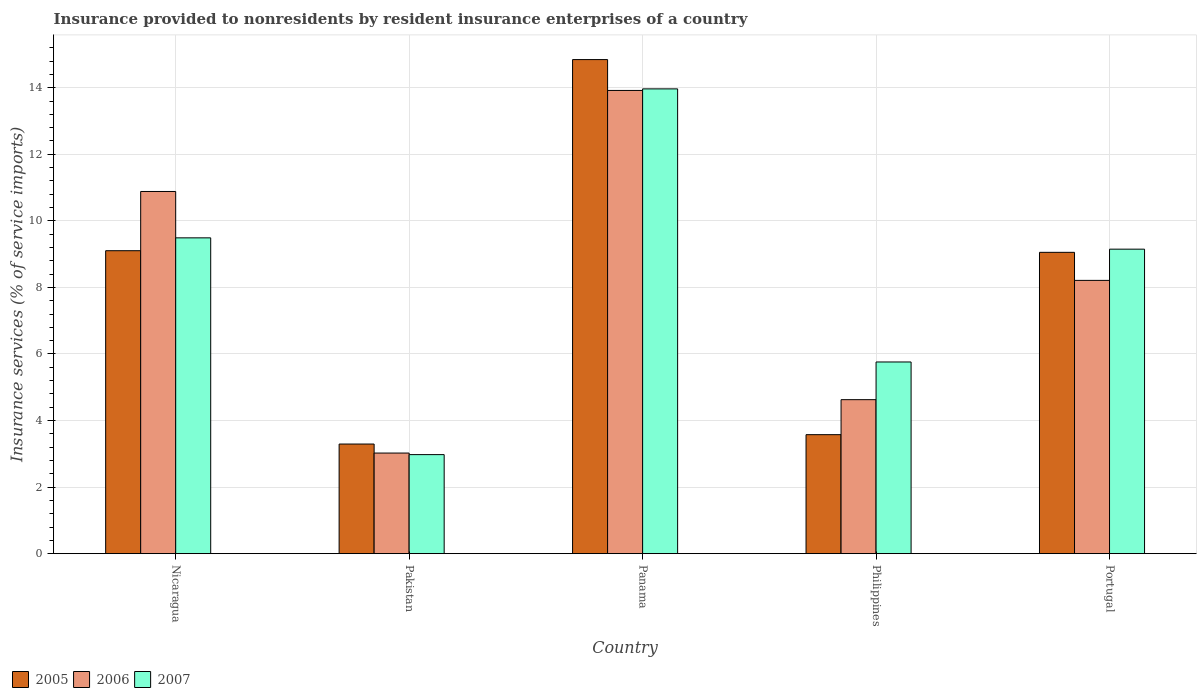
| Country | 2005 | 2006 | 2007 |
 | --- | --- | --- | --- |
 | Nicaragua | 9.1 | 10.9 | 9.49 |
 | Pakistan | 3.29 | 3.02 | 2.98 |
 | Panama | 14.8 | 13.9 | 14 |
 | Philippines | 3.58 | 4.63 | 5.76 |
 | Portugal | 9.05 | 8.21 | 9.15 |